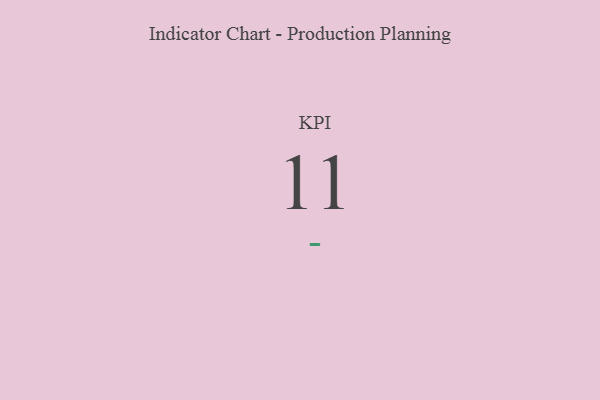
{"axis": {"x": "KPI", "y": "Value"}, "legend": [""], "data": [{"x": "KPI", "y": 11, "type": ""}]}